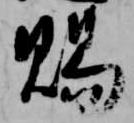
賜